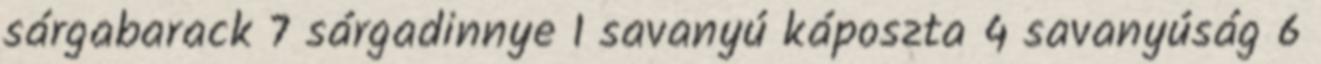
sárgabarack 7 sárgadinnye 1 savanyú káposzta 4 savanyúság 6